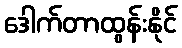
ဒေါက်တာထွန်းနိုင်